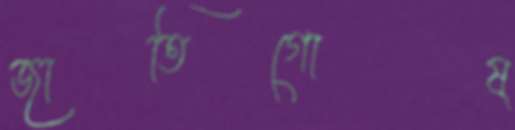
জাতিগোষ্